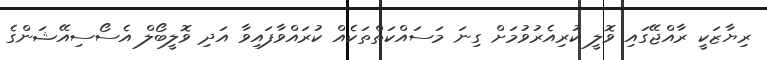
ރިޔާޒަކީ ރާއްޖޭގައި ވޮލީ ކުރިއެރުވުމަށް ގިނަ މަސައްކަތްތަކެއް ކުރައްވާފައިވާ އަދި ވޮލީބޯލް އެސޯސިއޭޝަންގެ